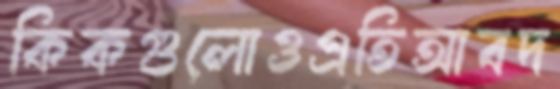
কিকগুলোওএতিআবদ